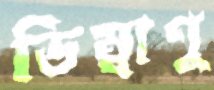
ডিম্বাণু